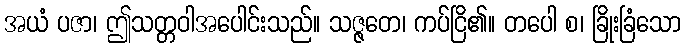
အယံ ပဇာ၊ ဤသတ္တဝါအပေါင်းသည်။ သဇ္ဇတေ၊ ကပ်ငြိ၏။ တပေါ စ၊ ခြိုးခြံသော